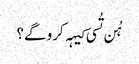
‏ ہُن تُسی کیہہ کرو گے؟